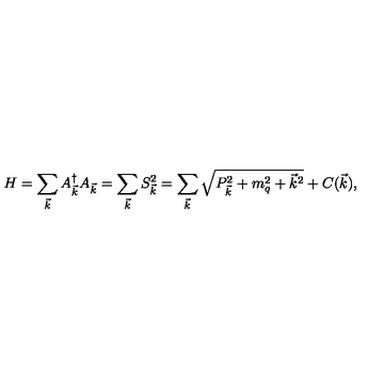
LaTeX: H = \sum _ { \vec { k } } A _ { \vec { k } } ^ { \dagger } A _ { \vec { k } } = \sum _ { \vec { k } } S _ { \vec { k } } ^ { 2 } = \sum _ { \vec { k } } \sqrt { P _ { \vec { k } } ^ { 2 } + m _ { q } ^ { 2 } + { \vec { k } } ^ { 2 } } + C ( \vec { k } ) ,